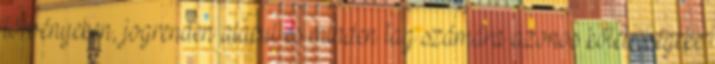
törvényeken, jogrenden alapul és minden tag számára azonos kötelességeke